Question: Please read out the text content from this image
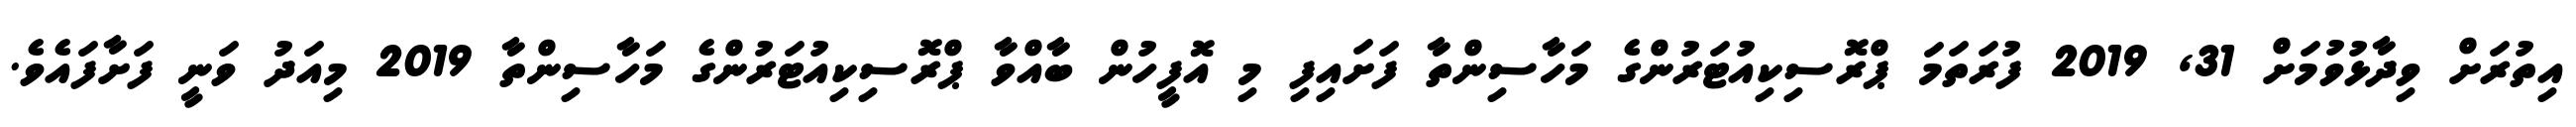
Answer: އިތުރަށް ވިދާޅުވުމަށް 31, 2019 ފުރަތަމަ ޕްރޮސިކިއުޓަރުންގެ މަހާސިންތާ ފަށައިފި މި އޮފީހުން ބާއްވާ ޕްރޮސިކިއުޓަރުންގެ މަހާސިންތާ 2019 މިއަދު ވަނީ ފަށާފައެވެ.